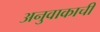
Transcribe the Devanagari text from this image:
अनुवाकाची